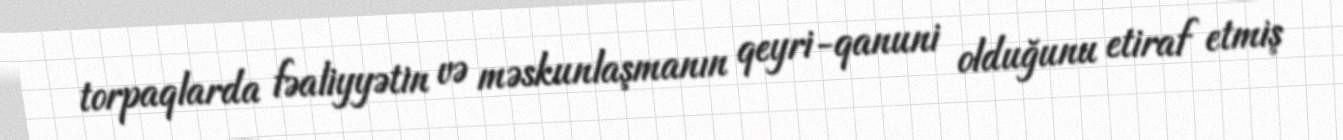
torpaqlarda fəaliyyətin və məskunlaşmanın qeyri-qanuni olduğunu etiraf etmiş